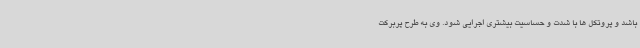
باشد و پروتکل ها با شدت و حساسیت بیشتری اجرایی شود. وی به طرح پربرکت